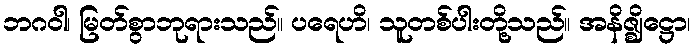
ဘဂဝါ၊ မြတ်စွာဘုရားသည်။ ပရေဟိ၊ သူတစ်ပါးတို့သည်။ အနိဇ္ဈိဋ္ဌော၊